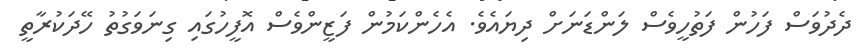
ދެދުވަސް ފަހުން ފަތުހީވެސް ލަންޑަނަށް ދިޔައެވެ. އެހެންކަމުން ފަޒީންވެސް އޮފީހުގައި ގިނަވަގުތު ހޭދަކުރާތީ